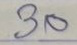
30